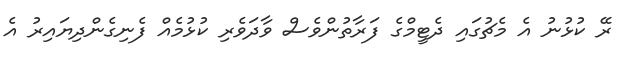
ރޭ ކުޅުނު އެ މެޗުގައި ދެޓީމްގެ ފަރާތުންވެސް ވާދަވެރި ކުޅުމެއް ފެނިގެންދިޔައިރު އެ